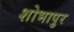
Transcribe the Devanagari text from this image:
शोभापुर